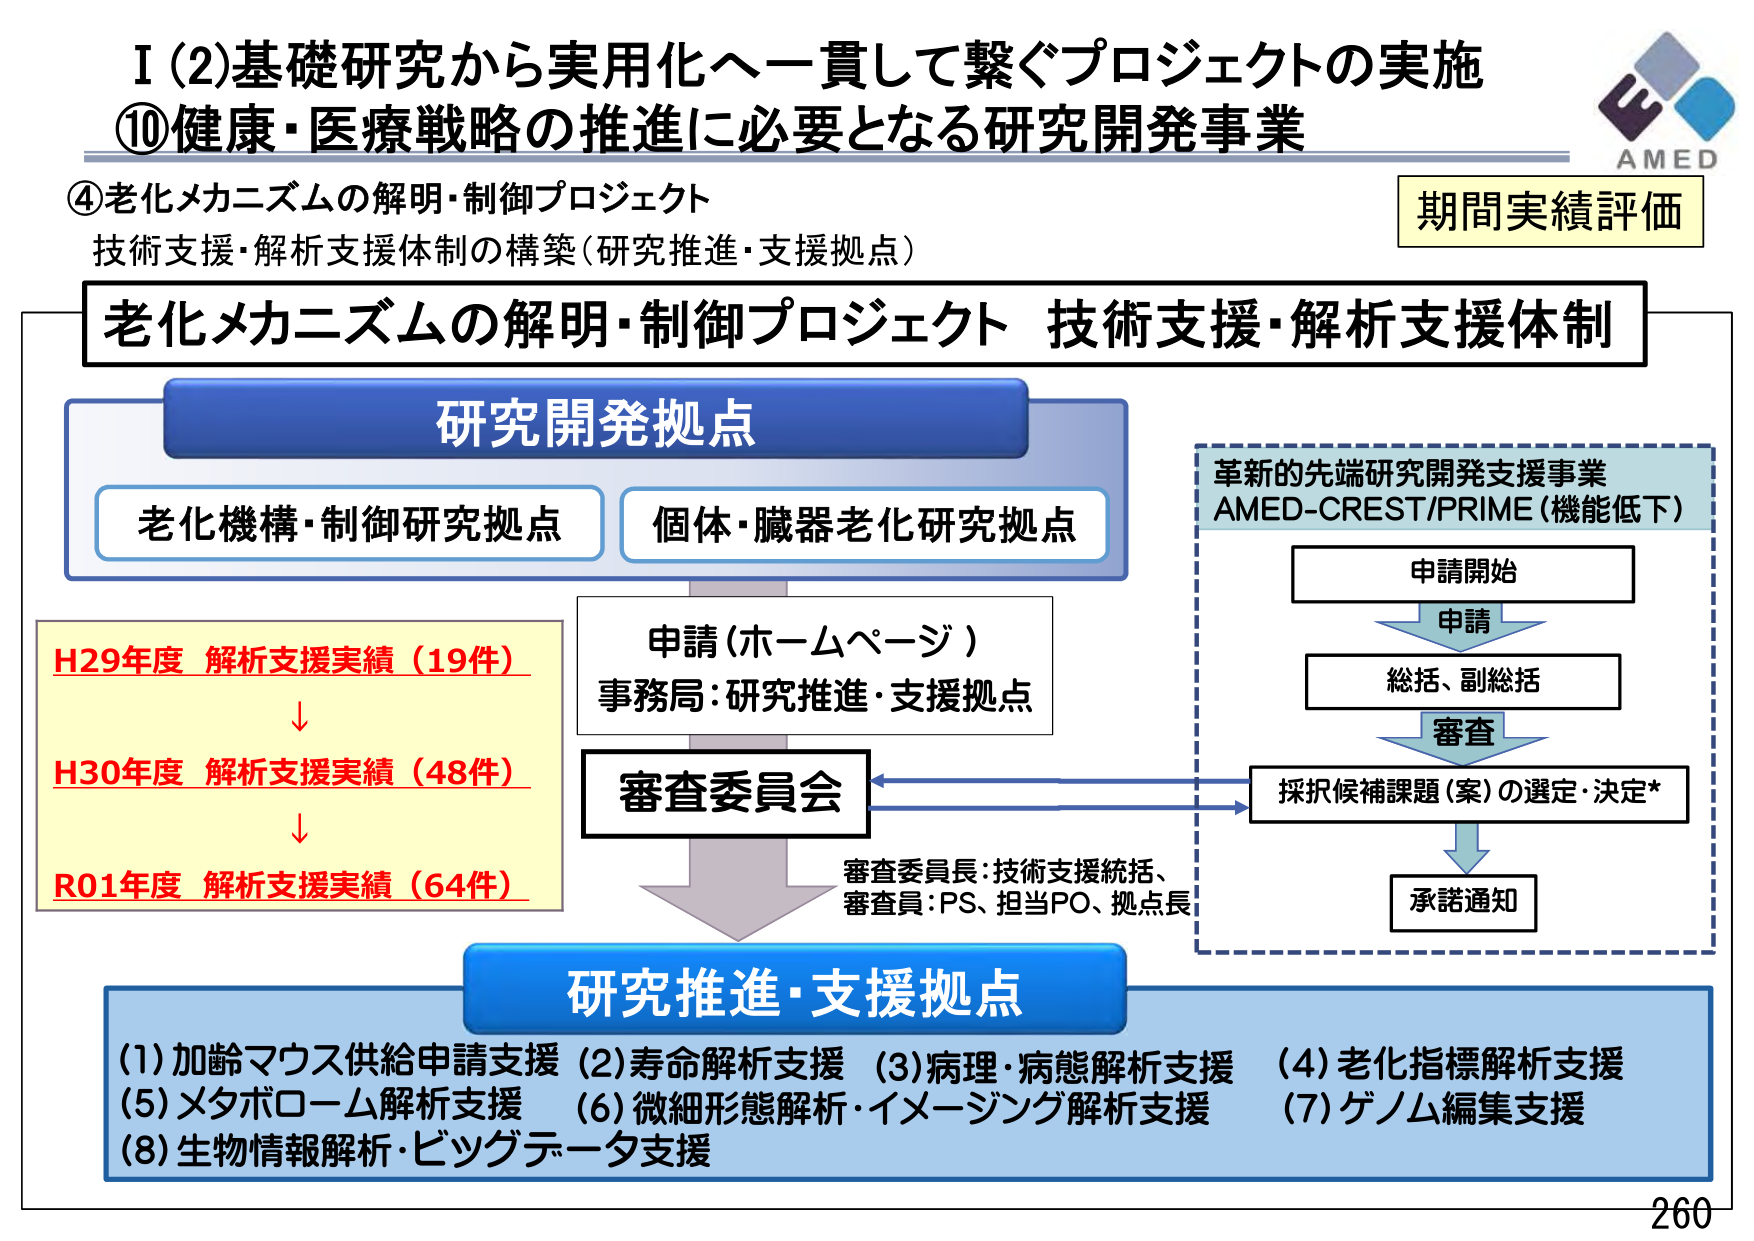
I (2) 基礎研究から実用化へ一貫して繋ぐプロジェクトの実施
⑩健康・医療戦略の推進に必要となる研究開発事業
④老化メカニズムの解明・制御プロジェクト
技術支援・解析支援体制の構築（研究推進・支援拠点）
期間実績評価

老化メカニズムの解明・制御プロジェクト 技術支援・解析支援体制

研究開発拠点
　老化機構・制御研究拠点
　個体・臓器老化研究拠点

H29年度 解析支援実績（19件）
↓
H30年度 解析支援実績（48件）
↓
R01年度 解析支援実績（64件）

申請（ホームページ）
事務局：研究推進・支援拠点

審査委員会
　審査委員長：技術支援統括、
　審査員：PS、担当PO、拠点長

研究推進・支援拠点
(1) 加齢マウス供給申請支援
(2) 寿命解析支援
(3) 病理・病態解析支援
(4) 老化指標解析支援
(5) メタボローム解析支援
(6) 微細形態解析・イメージング解析支援
(7) ゲノム編集支援
(8) 生物情報解析・ビッグデータ支援

革新的先端研究開発支援事業
AMED-CREST/PRIME（機能低下）
　申請開始
　　↓申請
　　総括、副総括
　　↓審査
　　採択候補課題（案）の選定・決定*
　　↓
　　承諾通知

AMED
260